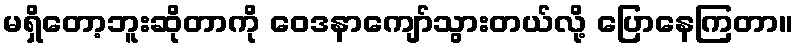
မရှိတော့ဘူးဆိုတာကို ဝေဒနာကျော်သွားတယ်လို့ ပြောနေကြတာ။